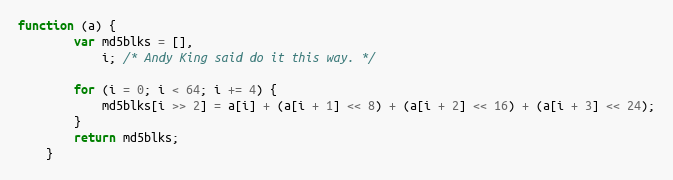
Language: JavaScript
function (a) {
        var md5blks = [],
            i; /* Andy King said do it this way. */

        for (i = 0; i < 64; i += 4) {
            md5blks[i >> 2] = a[i] + (a[i + 1] << 8) + (a[i + 2] << 16) + (a[i + 3] << 24);
        }
        return md5blks;
    }